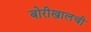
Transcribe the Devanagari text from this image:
बोरीखालची